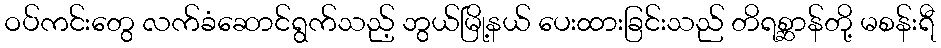
ဝပ်ကင်းတွေ လက်ခံဆောင်ရွက်သည့် ဘွယ်မြို့နယ် ပေးထားခြင်းသည် တိရစ္ဆာန်တို့ မစန်းရီ